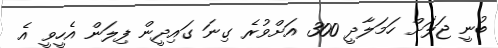
ބުނީ ޖަލަށް ހަމަލާދީ 300 އަށްވުރެ ގިނަ ގައިދީން ފިލަން އެހީވީ އެ